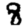
Digit: 8